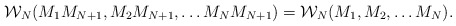
\begin{align*}{\cal W}_{N}(M_1 M_{N+1}, M_2 M_{N+1}, \dots M_{N} M_{N+1})={\cal W}_{N}(M_1, M_2, \dots M_N).\end{align*}